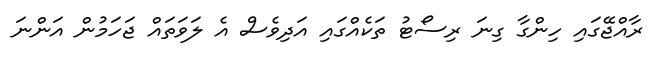
ރާއްޖޭގައި ހިންގާ ގިނަ ރިސޯޓު ތަކެއްގައި އަދިވެސް އެ ލަވަތައް ޖަހަމުން އަންނަ